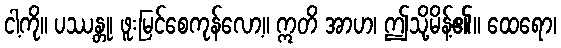
ငါ့ကို။ ပဿန္တု၊ ဖူးမြင်စေကုန်လော့။ ဣတိ အာဟ၊ ဤသို့မိန့်၏။ ထေရော၊